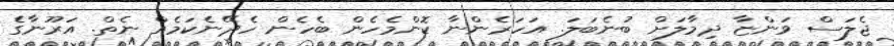
ޖެލަސް ވަންޏާ ދިމާލަށް ބުނެބަލަ. އަހަރެންނާ ކޮންމެހެން ބެހެން ހެދޭނެކަމެއް ނެތް. އަރޫނާގެ